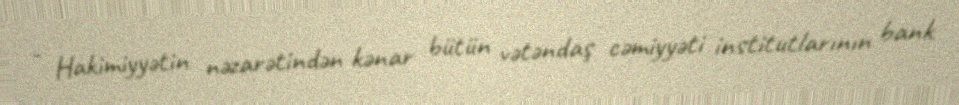
- Hakimiyyətin nəzarətindən kənar bütün vətəndaş cəmiyyəti institutlarının bank